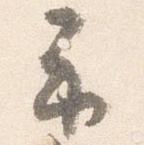
示